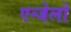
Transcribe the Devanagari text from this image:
एन्जेलो